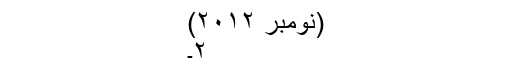
(نومبر ۲۰۱۲)
۲۔